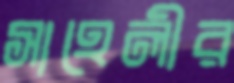
সাহেলীর